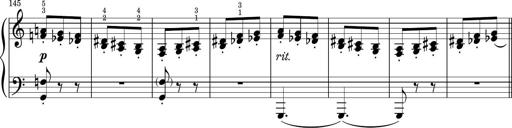
Title: Sonatina PandemÃ³nium
Composer: VÃ­ctor Carbajo
Key: C major